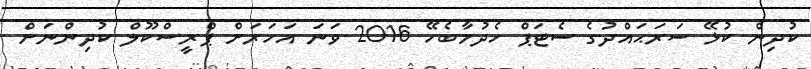
ކުދިން ކުޅޭ ސަރަޙައްދުގެ ސެޓަޕް ހެދުމާބެހޭ 2016 ވަނަ އަހަރަށް ޕްރީސްކޫލް ކުދިންނަށް